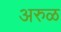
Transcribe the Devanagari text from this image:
अरुळ